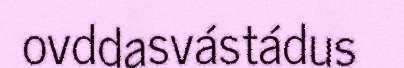
ovddasvástádus